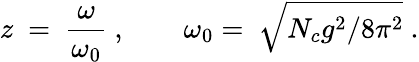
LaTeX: z\ =\ \frac\omega{\omega_{0}}\ ,\qquad\omega_{0}=\ \sqrt{N_{c}g^{2}/8\pi^{2}}\ .